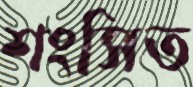
শংসিত